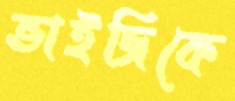
ভাইজিকে